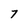
Character: 7